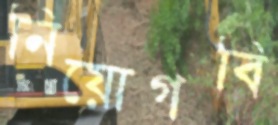
নিয়োগবি